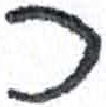
אות: כ